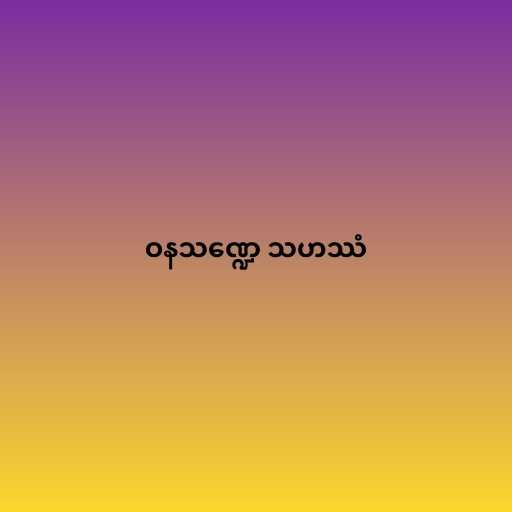
ဝနသဏ္ဍေ သဟဿံ